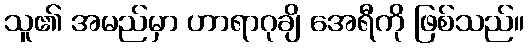
သူ၏ အမည်မှာ ဟာရာဂုချိ အေရီကို ဖြစ်သည်။